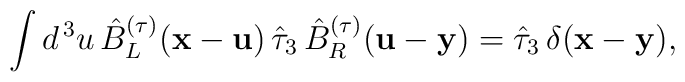
\int d^{\, 3} u \, \hat{B}_L^{(\tau)} ({\bf x} - {\bf u}) \, \hat{\tau}_3 \, \hat{B}_R^{(\tau)} ({\bf u} - {\bf y}) = \hat{\tau}_3 \, \delta ({\bf x} - {\bf y}) ,